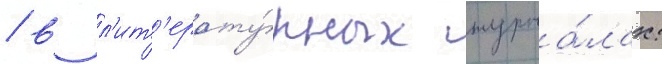
/ в л'ит'ерату́рных журна́лах: